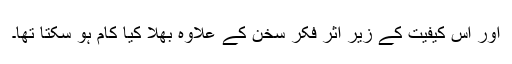
اور اس کیفیت کے زیرِ اثر فکرِ سخن کے علاوہ بھلا کیا کام ہو سکتا تھا۔